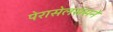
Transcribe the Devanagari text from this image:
पेरासेलससने